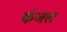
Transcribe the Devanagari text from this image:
कंजल